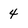
Character: 4